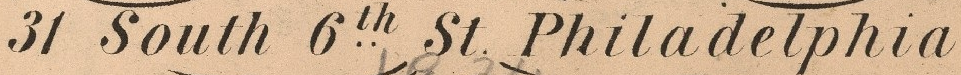
31 South 6th St Philadelphia